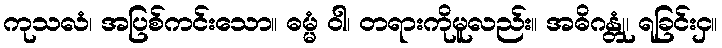
ကုသလံ၊ အပြစ်ကင်းသော။ ဓမ္မံ ဝါ၊ တရားကိုမူလည်း။ အဓိဂန္တုံ၊ ရခြင်းငှ။